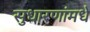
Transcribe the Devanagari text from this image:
सुधारणांमधे